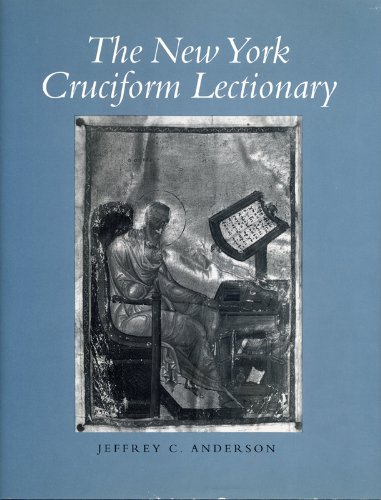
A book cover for The New York Cruciform Lectionary (College Art Association Monograph); Jeffrey Anderson; Arts & Photography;